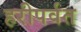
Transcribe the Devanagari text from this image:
हरीपर्वत